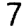
Digit: 7